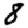
Digit: 8